system: You are a helpful assistant.
user:
Analyze the provided spectrum to determine if it is a **S-type Star**.

- **Key Indicators for S-type Star:**

    - **(Overall Spectrum Shape):** The first and most obvious characteristic is the overall continuum (the "baseline" shape). It is **extremely "red-sloping,"** meaning the flux (light intensity) is very low on the left side (blue, ~4000-4500 Å) and rises steeply and continuously toward the right side (red, ~7000 Å+).

    - **(Primary):** The spectrum is defined by the presence of strong, broad molecular absorption "valleys" (bands) from **Zirconium Oxide (ZrO)**. The identification of these bands is the **primary requirement** for classifying a star as S-type.
        - **(Key Bandheads):** You must find distinct, deep "dips" where the light has been absorbed. The most critical band systems to locate are:
            - **~6474 Å** ($\gamma$-system): This is often the strongest and clearest ZrO feature, found in the red part of the spectrum.
            - **~5718 Å** & **~5551 Å** ($\beta$-system): A pair of prominent absorption features in the yellow-orange part of the spectrum.
            - **~4640 Å** ($\alpha$-system): A key absorption band system in the blue-green region of the spectrum.

    - **(Secondary Confirmation):** The classification is strengthened by finding additional absorption bands from other related heavy element oxides, which are expected to be present alongside ZrO.
        - **(Key Bandheads):**
            - **Yttrium Oxide (YO):** Look for absorption dips near **~4800 Å** and **~6100 Å**.
            - **Lanthanum Oxide (LaO):** Additional absorption features, particularly in the red-orange part of the spectrum, are also characteristic.

    - **(Line Profile):** The combination of the steep red continuum and these numerous, deep molecular bands (ZrO, YO, etc.) gives the entire spectrum a very **"chopped-up"** or **"bumpy"** appearance. Instead of a smooth curve, the spectrum looks as though large, wide chunks of light have been "carved out" of it at the specific wavelengths listed above.

Think first, call **spectral_visualization_tool** if needed to examine features in detail, then provide your final answer. Your response must adhere to the following strict rules:
1.  **Overall Structure:** Your response must follow the format `<think>...</think> <tool_call>...</tool_call> (if a tool is used) <answer>...</answer>`.
2.  **Tool Usage Constraint:** You may only make **one** tool call per turn.
3.  **Final Answer Format:** In the `<answer>` tag, your conclusion must be inside a `\boxed{}` command (e.g., `\boxed{YES}` or `\boxed{NO}`), followed by your justification.

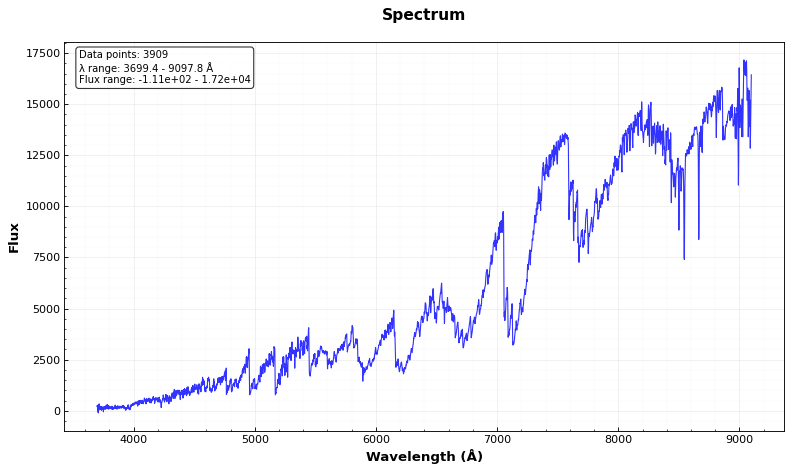
Answer: YES